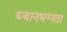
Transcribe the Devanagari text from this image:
ध्यानभग्नता